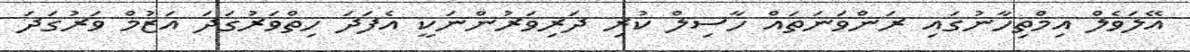
އޭލަވެލް އިމްތިހާނުގައި ރަންވަނަތައް ހާސިލް ކުރި ދަރިވަރުންނަކީ އެފަދަ ހިތްވަރުގަދަ އަޒުމް ވަރުގަދަ